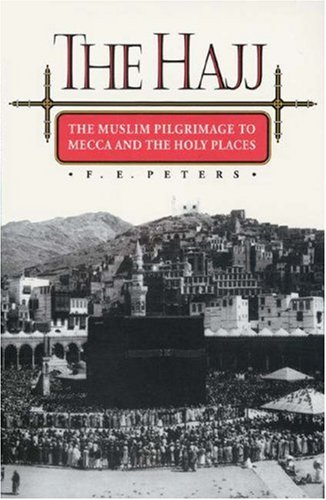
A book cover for The Hajj:  The Muslim Pilgrimage to Mecca and the Holy Places; F. E. Peters; Religion & Spirituality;